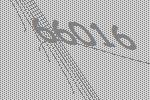
66016